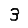
Digit: 3